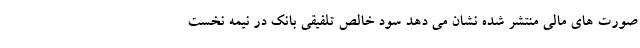
صورت های مالی منتشر شده نشان می دهد سود خالص تلفیقی بانک در نیمه نخست